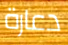
دعارة